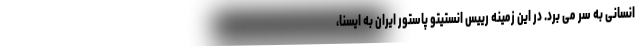
انسانی به سر می برد. در این زمینه رییس انستیتو پاستور ایران به ایسنا،